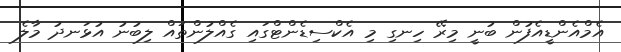
އެމްއެންޑީއެފުން ބުނީ މިރޭ ހިނގި މި އެކްސިޑެންޓްގައި ގެއްލުންތައް ލިބުނު އުޅަނދު މާލެ